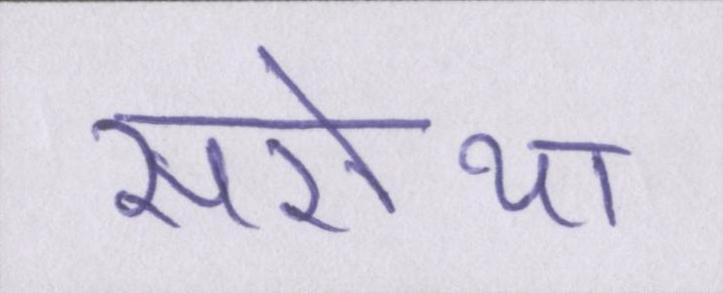
सरोथा